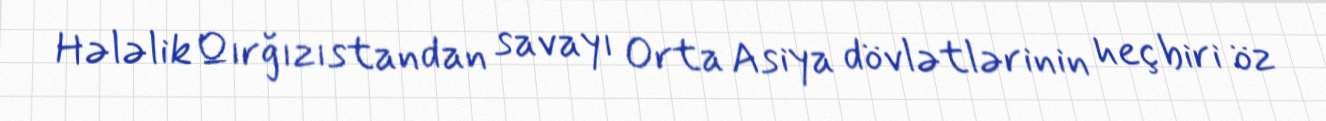
Hələlik Qırğızıstandan savayı Orta Asiya dövlətlərinin heç biri öz